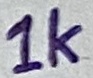
Text: 1K